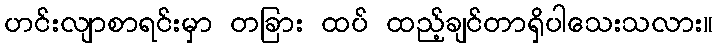
ဟင်းလျာစာရင်းမှာ တခြား ထပ် ထည့်ချင်တာရှိပါသေးသလား။